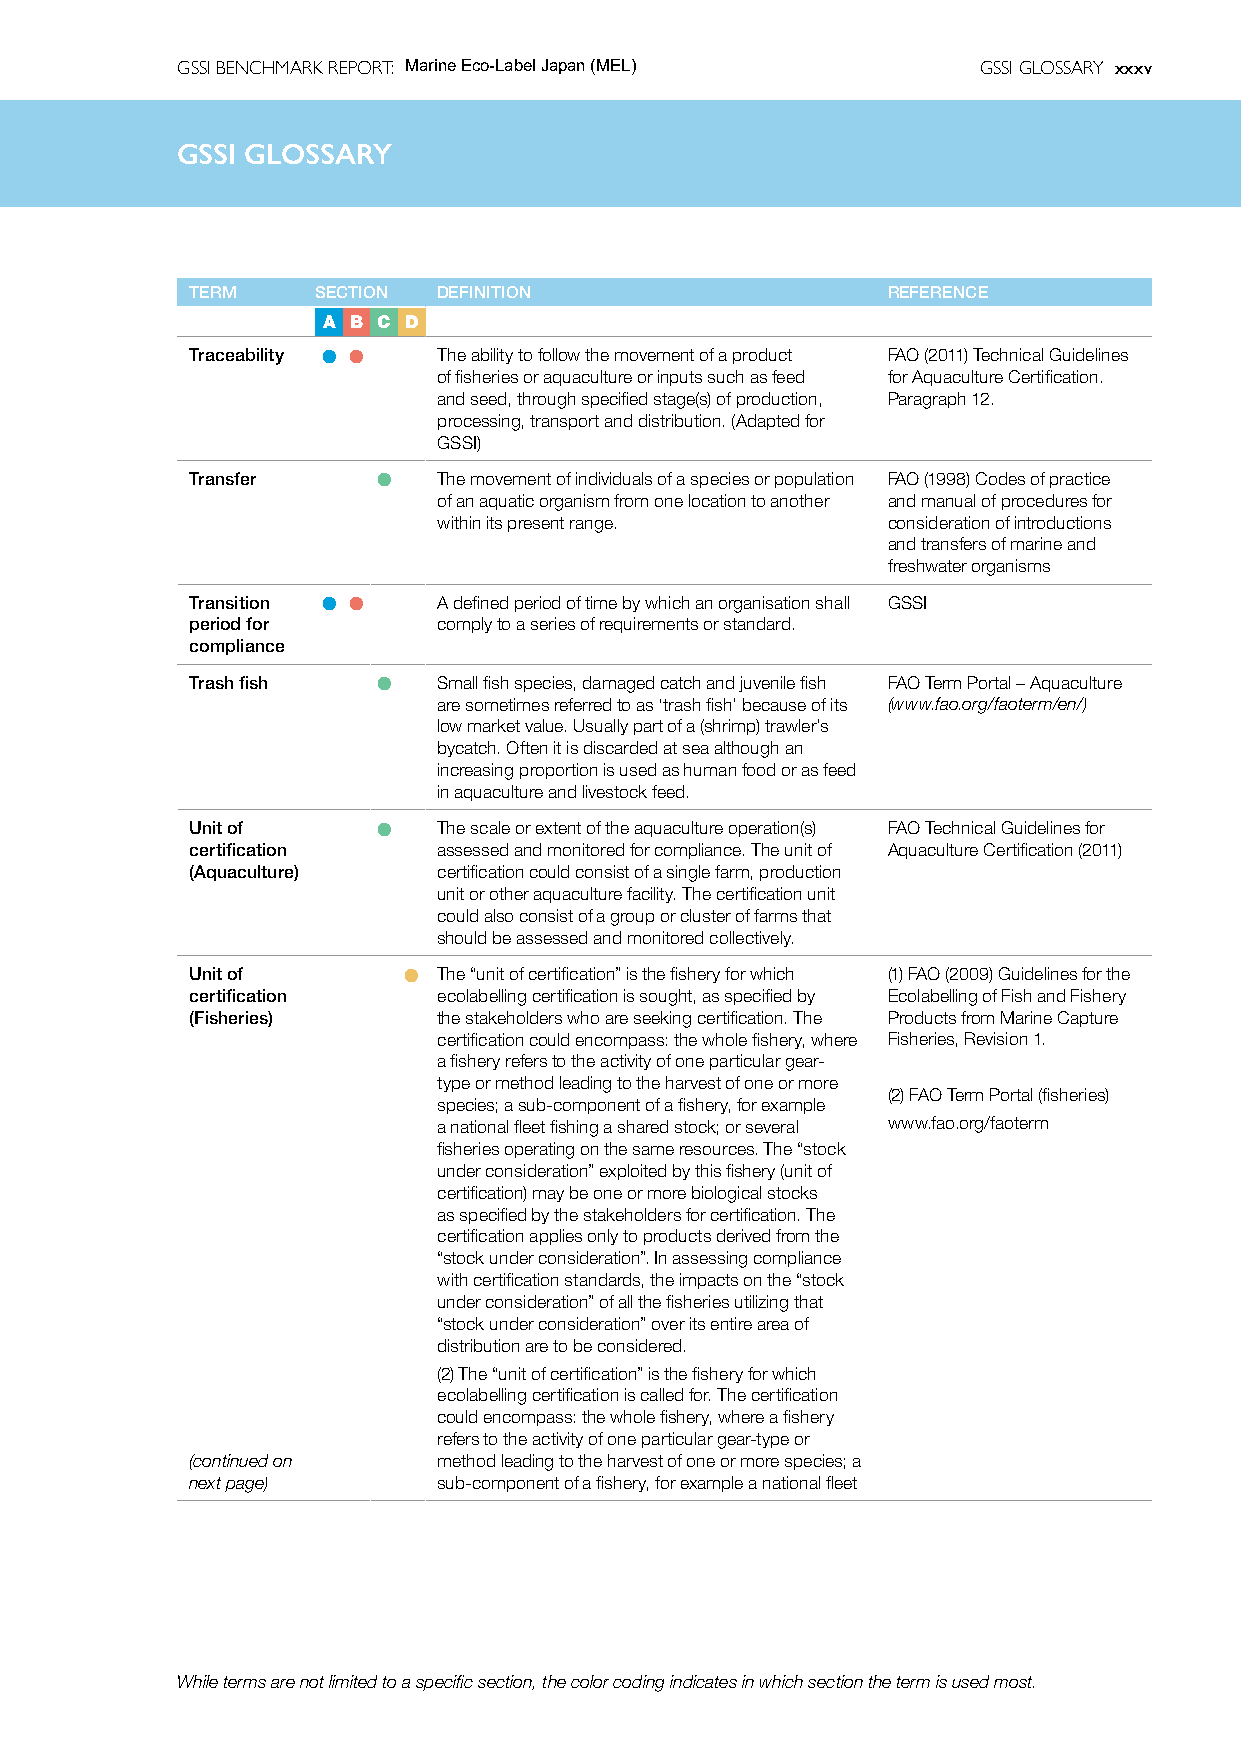
GSSI BENCHMARK REPORT: Marine Eco-Label Japan (MEL)  GSSI GLOSSARY xxxv
 GSSIG  GSSIl oGsLOsaSSrAyRY
 TERM    SECTION DEFINITION                    REFERENCE
 A B C D
 Traceability l l The ability to follow the movement of a product FAO (2011) Technical Guidelines
 of fisheries or aquaculture or inputs such as feed for Aquaculture Certification.
 and seed, through specified stage(s) of production, Paragraph 12.
 processing, transport and distribution. (Adapted for
 GSSI)
 Transfer    l   The movement of individuals of a species or population FAO (1998) Codes of practice
 of an aquatic organism from one location to another and manual of procedures for
 within its present range.     consideration of introductions
 and transfers of marine and
 freshwater organisms
 Transition l l  A defined period of time by which an organisation shall GSSI
 period for      comply to a series of requirements or standard.
 compliance
 Trash fish  l   Small fish species, damaged catch and juvenile fish FAO Term Portal – Aquaculture
 are sometimes referred to as ‘trash fish’ because of its (www.fao.org/faoterm/en/)
 low market value. Usually part of a (shrimp) trawler’s
 bycatch. Often it is discarded at sea although an
 increasing proportion is used as human food or as feed
 in aquaculture and livestock feed.
 Unit of     l   The scale or extent of the aquaculture operation(s) FAO Technical Guidelines for
 certification   assessed and monitored for compliance. The unit of Aquaculture Certification (2011)
 (Aquaculture)   certification could consist of a single farm, production
 unit or other aquaculture facility. The certification unit
 could also consist of a group or cluster of farms that
 should be assessed and monitored collectively.
 Unit of       l The “unit of certification” is the fishery for which (1)FAO (2009) Guidelines for the
 certification   ecolabelling certification is sought, as specified by Ecolabelling of Fish and Fishery
 (Fisheries)     the stakeholders who are seeking certification. The Products from Marine Capture
 certification could encompass: the whole fishery, where Fisheries, Revision 1.
 a fishery refers to the activity of one particular gear-
 type or method leading to the harvest of one or more
 (2)FAO Term Portal (fisheries)
 species; a sub-component of a fishery, for example
 a national fleet fishing a shared stock; or several www.fao.org/faoterm
 fisheries operating on the same resources. The “stock
 under consideration” exploited by this fishery (unit of
 certification) may be one or more biological stocks
 as specified by the stakeholders for certification. The
 certification applies only to products derived from the
 “stock under consideration”. In assessing compliance
 with certification standards, the impacts on the “stock
 under consideration” of all the fisheries utilizing that
 “stock under consideration” over its entire area of
 distribution are to be considered.
 (2)The “unit of certification” is the fishery for which
 ecolabelling certification is called for. The certification
 could encompass: the whole fishery, where a fishery
 refers to the activity of one particular gear-type or
 (continued on   method leading to the harvest of one or more species; a
 next page)      sub-component of a fishery, for example a national fleet
 While terms are not limited to a specific section, the color coding indicates in which section the term is used most.